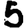
Digit: 5